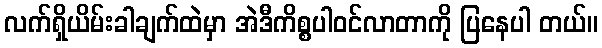
လက်ရှိယိမ်းခါချက်ထဲမှာ အဲဒီကိစ္စပါဝင်လာတာကို ပြနေပါ တယ်။